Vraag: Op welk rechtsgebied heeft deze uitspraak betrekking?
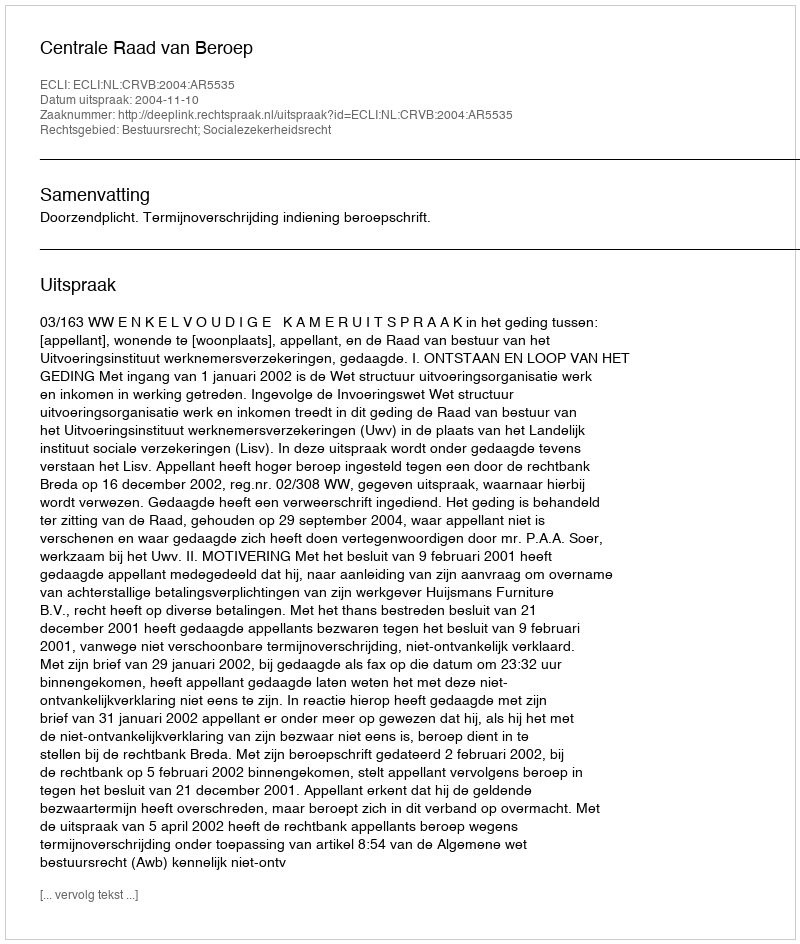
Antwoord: Bestuursrecht; Socialezekerheidsrecht